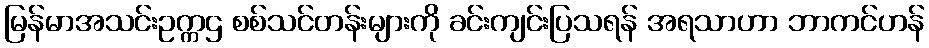
မြန်မာအသင်းဥက္ကဌ စစ်သင်တန်းများကို ခင်းကျင်းပြသရန် အရသာဟာ ဘာကင်ဟန်